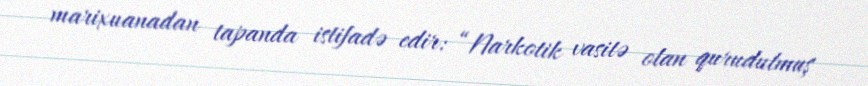
marixuanadan tapanda istifadə edir: “Narkotik vasitə olan qurudulmuş